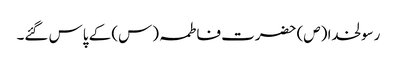
رسولخدا (ص) حضرت فاطمہ (س) کے پاس گئے۔